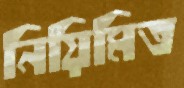
নিয়িমিত